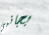
بجانبي